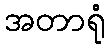
အတာရုံ